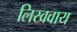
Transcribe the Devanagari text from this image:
लिखवाय